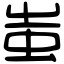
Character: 蚩